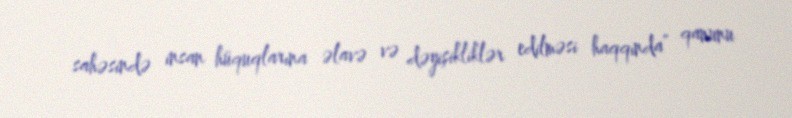
sahəsində insan hüquqlarına əlavə və dəyişikliklər edilməsi haqqında” qanunu